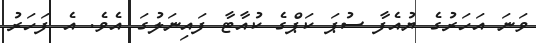
ވަނަ އަހަރުގެ ޔުއެފާ ސުޕަ ކަޕްގެ ކުއާޓާ ފައިނަލުގަ އެވެ. އެ ފަހަރު